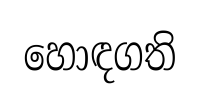
හොඳගති